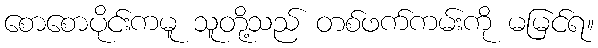
စောစောပိုင်းကမူ သူတို့သည် တစ်ဖက်ကမ်းကို မမြင်ရ။